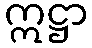
ဣဋ္ဌာ